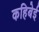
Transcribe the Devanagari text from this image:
कहिबेई